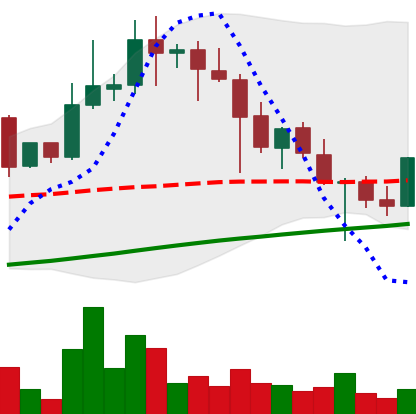
Ticker: XLM-USD
Chart end date: 2021-04-26
Forward return: 11.16%
Label: up_7plus